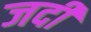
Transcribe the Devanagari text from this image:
जदी